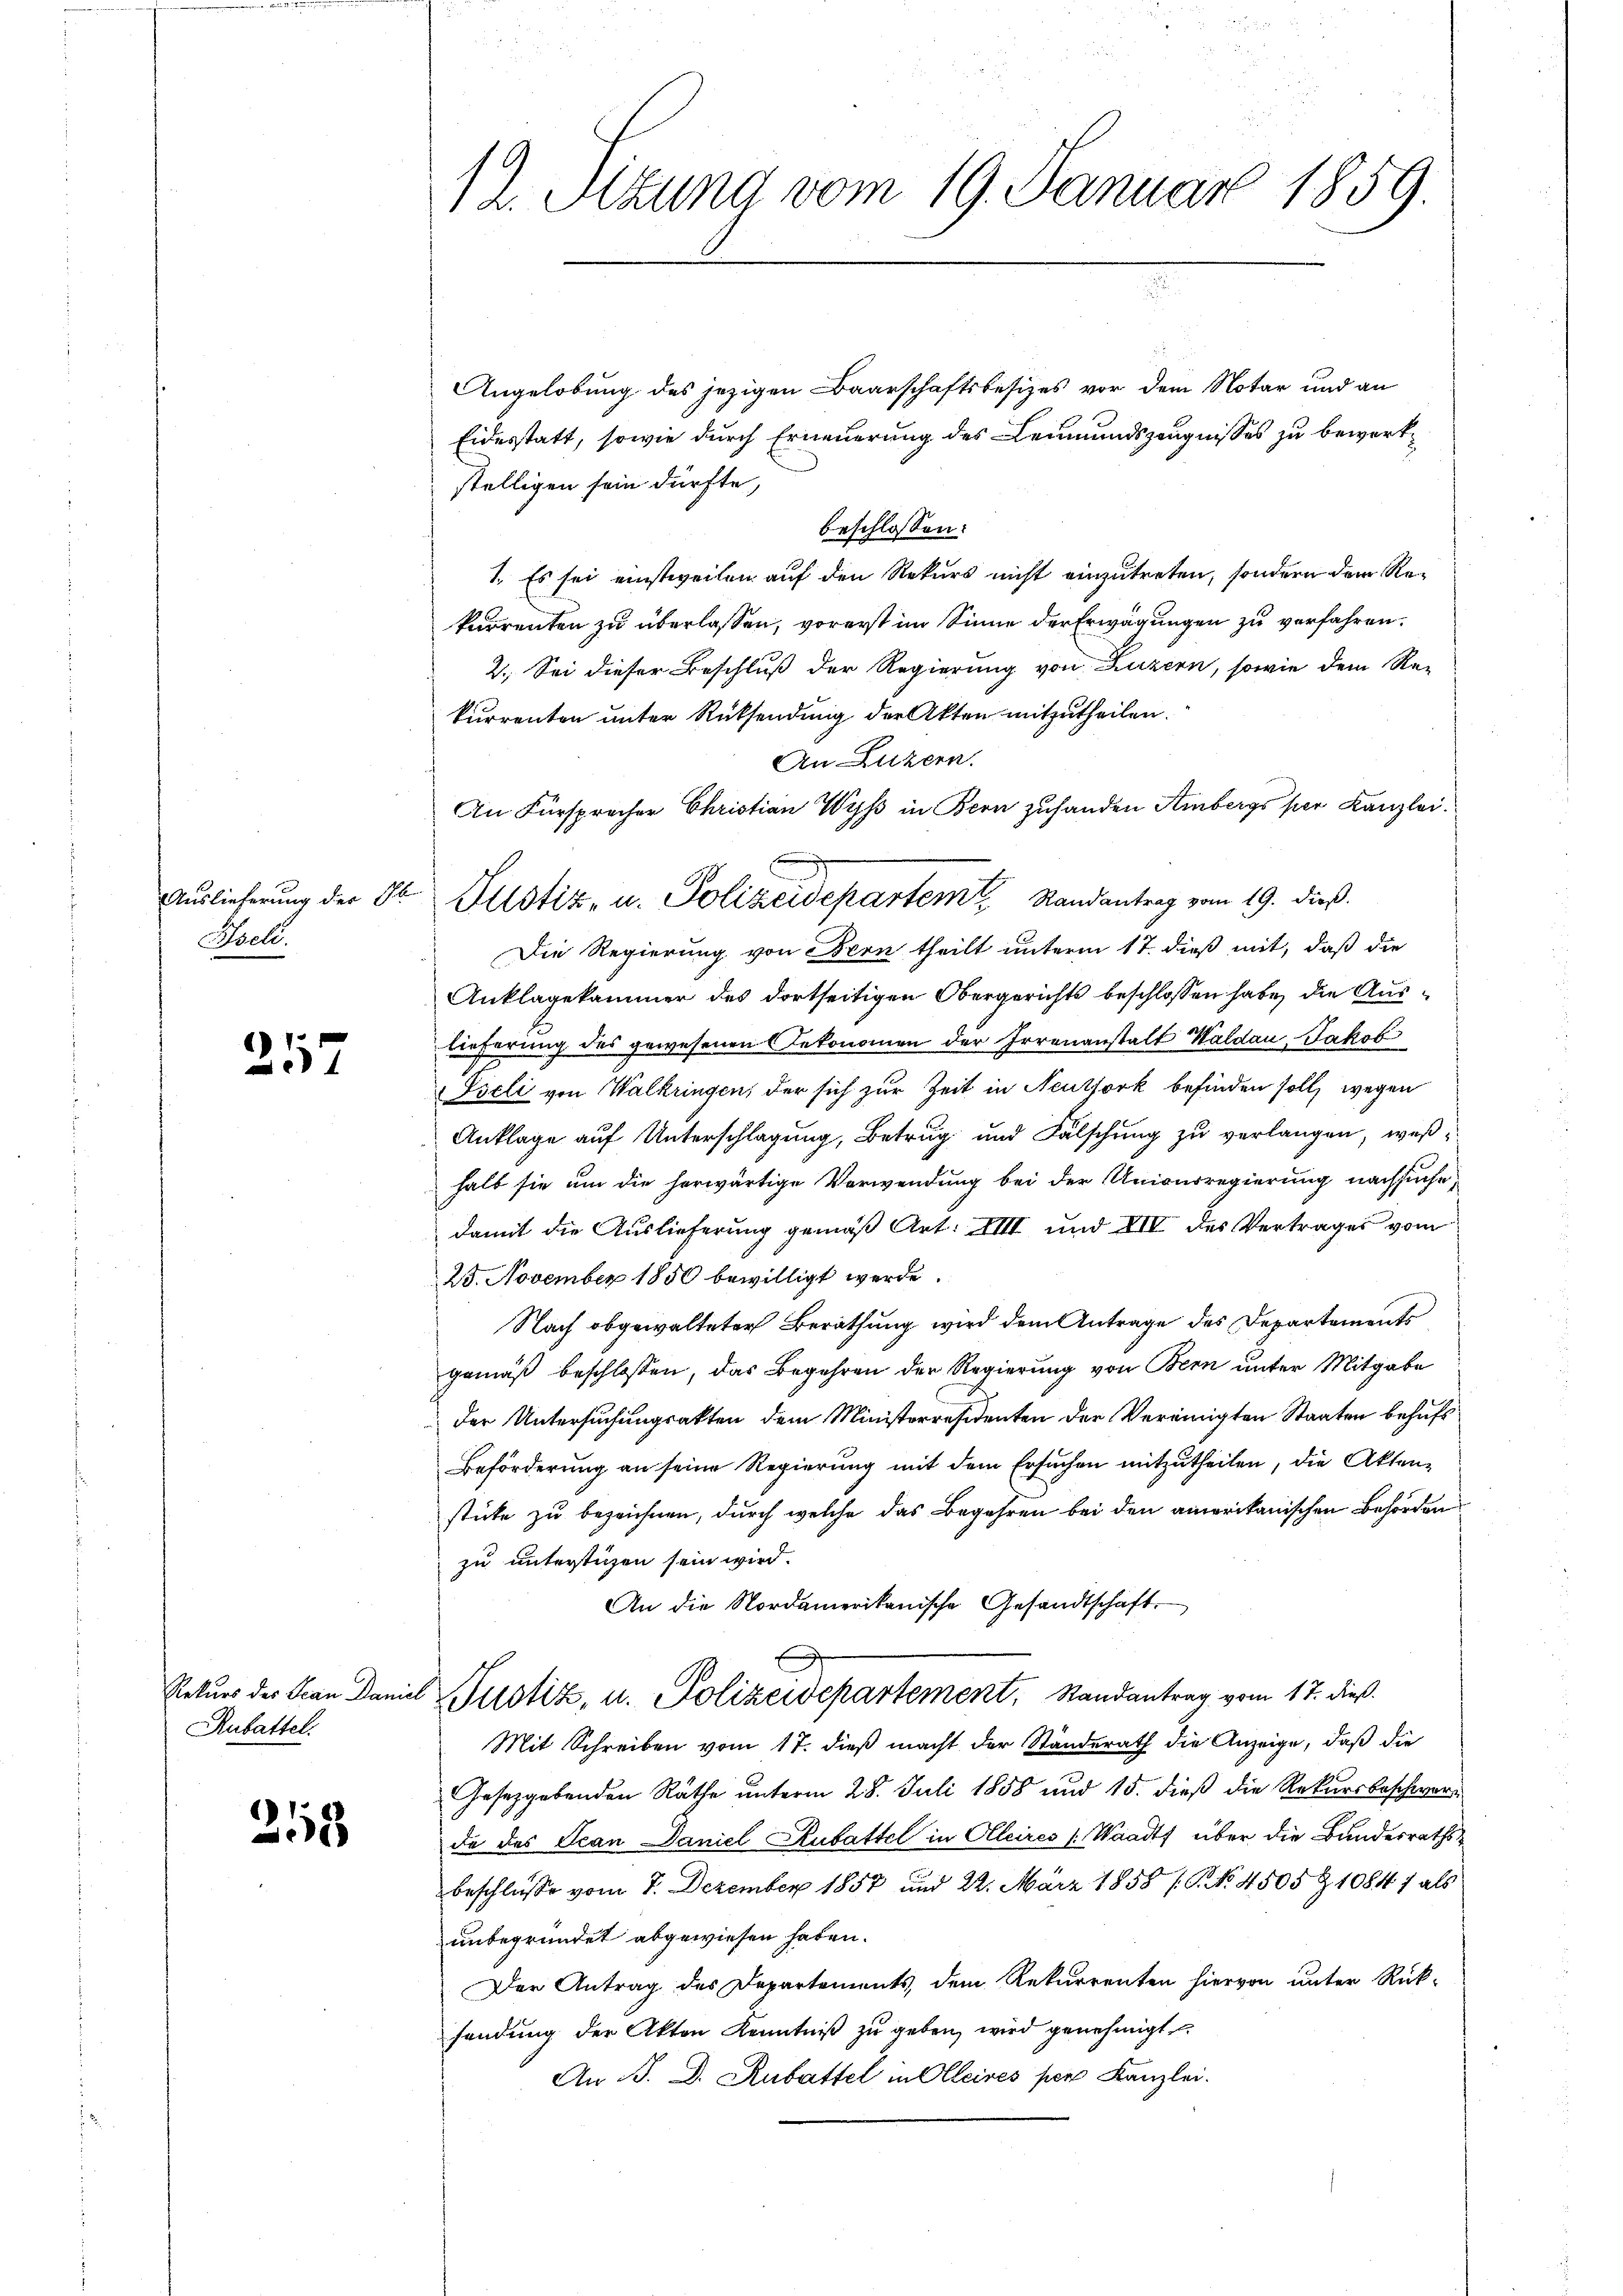
Auslieferung der Gl
Iseli.

21

Rekurs des Scan Dam
Rubattel.

2118

12. Sitzung vom 19. Januar 1859.

Angelobung des jezigen Baarschaftsbesizes vor dem Notar und an
Eidestatt, sowie durch Erneuerung des Leumundszeugnisses zu bewerkstelligen sein dürfte,
beschlossen:
1. Es sei einstweilen auf den Rekurs nicht einzutreten, sondern dem Rekurrenten zu überlassen, vorerst im Sinne der Erwägungen zu verfahren.
2. Sei dieser Beschluß der Regierung von Luzern, sowie dem Re-
kurrenten unter Rücksendung der Akten mitzutheilen.
An Luzern.
In Fürsprecher Christian Wyß in Bern zuhanden Ambergs per Kanzlei.
Die Regierung von Bern theilt unterm 17. dieß mit, daß die
Anklagekammer des dortseitigen Obergerichts beschlossen habe, die Auslieferung des gewesenen Rekonomen der Irrenanstalt Waldau, Jakob
Iseli von Walkringen, der sich zur Zeit in Neutfork befinden soll, wegen
Anklage auf Unterschlagung, Betrug und Fälschung zu verlangen, weßhalb sie um die herwärtige Verwendung bei der Unionsregierung nachsuche,
damit die Auslieferung gemäß Art: VIII und XIV des Vertrages vom
25. November 1850 bewilligt werde.
Nach obgewalteter Berathung wird dem Antrage des Departements
gemäß beschlossen, das Begehren der Regierung von Bern unter Mitgabe
Der Untersuchungsakten dem Ministerresidenten der Vereinigten Staaten behufs
Beförderung an seine Regierung mit dem Ersuchen mitzutheilen, die Aktenstüke zu bezeichnen, durch welche das Begehren bei den amerikanischen Behörden
zu unterstüzen sein wird.
An die Nordamerikanische Gesandtschaft
f
Justiz, u. Polizeidepartement, Randantrag vom 17. dieß.
Mit Schreiben vom 17. dieß macht der Ständerath die Anzeige, daß die
Gesetzgebenden Räthe unterm 28. Juli 1858 und 15. dieß die Rekursbeschwerda das Jean Daniel Kubattel in Oleires (Waadt über die Bundesraths
beschlüsse vom 7. Dezember 1857 und 22. März 1858 / P. No. 4505 Z 1084 f als
unbegründet abgewiesen haben.
Der Antrag des Departements, dem Rekurrenten hiervon unter Rück-
fandŭng der Akten Kenntniβ zŭ geben wird genehmigt.
An B. D. Rubattel in Olteires per Kanzlei.

Justiz- u. Polizeidepartem Randantrag vom 19. dieß.